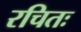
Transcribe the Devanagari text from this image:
रचितः